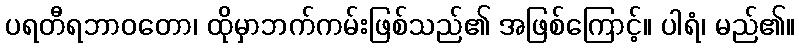
ပရတီရဘာဝတော၊ ထိုမှာဘက်ကမ်းဖြစ်သည်၏ အဖြစ်ကြောင့်။ ပါရံ၊ မည်၏။